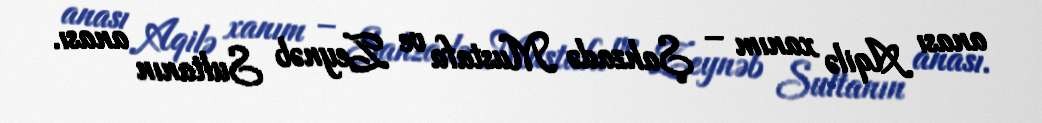
anası Aqilə xanım – Şahzadə Mustafa ve Zeynəb Sultanın anası.